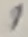
Text: 1